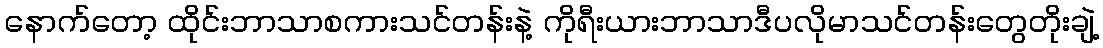
နောက်တော့ ထိုင်းဘာသာစကားသင်တန်းနဲ့ ကိုရီးယားဘာသာဒီပလိုမာသင်တန်းတွေတိုးချဲ့